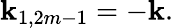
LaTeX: \mathbf{k}_{1,2m-1}=-\mathbf{k}.